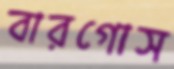
বারগোস